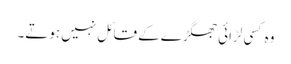
وہ کسی لڑائی جھگڑے کے قائل نہیں ہوتے۔